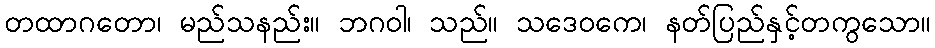
တထာဂတော၊ မည်သနည်း။ ဘဂဝါ၊ သည်။ သဒေဝကေ၊ နတ်ပြည်နှင့်တကွသော။